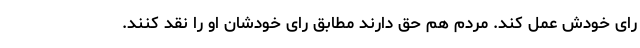
رای خودش عمل کند. مردم هم حق دارند مطابق رای خودشان او را نقد کنند.